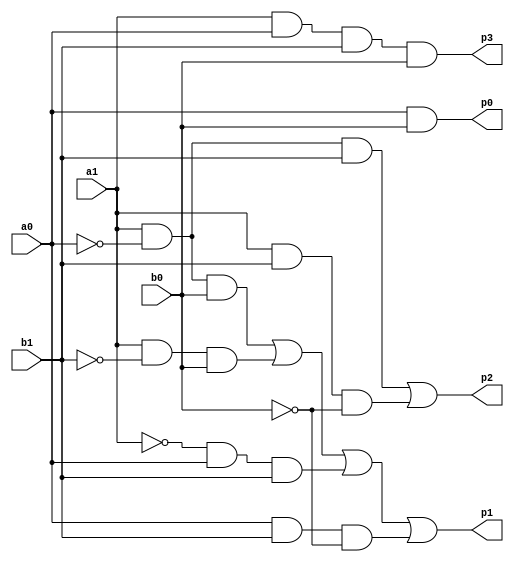
module multiplier(
    input a1, a0, b1, b0,    
    output p0, p1, p2, p3   );

 assign p0 = a0 & b0;
 assign p1 = a1&~a0&b0 | a1&~b1&b0 | ~a1&a0&b1 | a0&b1&~b0;
 assign p2 = a1&~a0&b1 | a1&b1&~b0;
 assign p3 = a1&a0&b1&b0;

endmodule

module multiplier_tb();
    reg a1, a0, b1, b0;    
    wire p0, p1, p2, p3;    

 
    multiplier uut (
        .a1(a1),
        .a0(a0),
        .b1(b1),
        .b0(b0),
        .p0(p0),
        .p1(p1),
        .p2(p2),
        .p3(p3)
    );

   initial begin
     
        $monitor("Time=%0t | a1=%b a0=%b b1=%b b0=%b | p3=%b p2=%b p1=%b p0=%b", a1, a0, b1, b0, p3, p2, p1, p0);

     
        a1 = 0; a0 = 0; b1 = 0; b0 = 0; #10;
        a1 = 0; a0 = 0; b1 = 0; b0 = 1; #10;
        a1 = 0; a0 = 0; b1 = 1; b0 = 0; #10;
        a1 = 0; a0 = 0; b1 = 1; b0 = 1; #10;
       
        a1 = 0; a0 = 1; b1 = 0; b0 = 0; #10;
        a1 = 0; a0 = 1; b1 = 0; b0 = 1; #10;
        a1 = 0; a0 = 1; b1 = 1; b0 = 0; #10;
        a1 = 0; a0 = 1; b1 = 1; b0 = 1; #10;
       
        a1 = 1; a0 = 0; b1 = 0; b0 = 0; #10;
        a1 = 1; a0 = 0; b1 = 0; b0 = 1; #10;
        a1 = 1; a0 = 0; b1 = 1; b0 = 0; #10;
        a1 = 1; a0 = 0; b1 = 1; b0 = 1; #10;
       
        $finish;
    end
endmodule